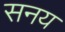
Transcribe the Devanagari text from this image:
सनय